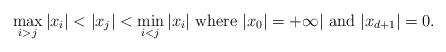
LaTeX: \begin{align*} \max_{i>j}|x_i|< |x_{j}| <\min_{i<j}|x_i|~{\rm where}~|x_0|=+\infty|~{\rm and}~|x_{d+1}|=0. \end{align*}